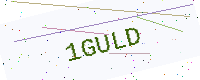
Text: 1GULD